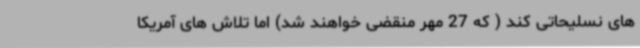
های نسلیحاتی کند ( که 27 مهر منقضی خواهند شد) اما تلاش های آمریکا